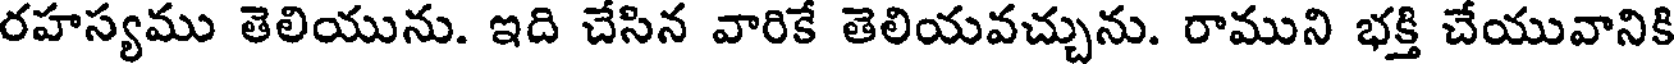
రహస్యము తెలియును. ఇది చేసిన వారికే తెలియవచ్చును. రాముని భక్తి చేయువానికి